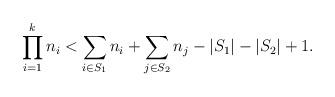
LaTeX: \begin{align*}\prod_{i=1}^k n_i< \sum_{i\in S_1}n_i+\sum_{j\in S_2}n_j-|S_1|-|S_2|+1.\end{align*}